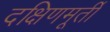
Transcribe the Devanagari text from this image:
दक्षिणमूर्ती